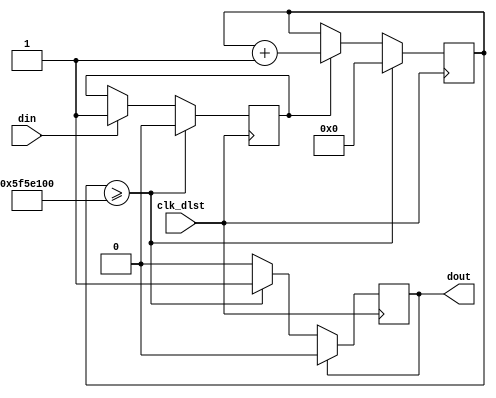

module DLST (input clk_dlst, din,
				  output reg dout 
				 );
				
reg [36:0] cnt1;
initial cnt1 <= 1'b0;
initial dout <= 1'b0;
reg fld;
initial fld <= 1'b0;


always @(posedge clk_dlst) begin
	
		
		if (din == 1'b1) begin
			fld <= 1'b1;
		end
		if (fld == 1'b1) begin
			cnt1 <= cnt1 + 1'b1;
		end
		
		if (cnt1 >= 36'd100000000) begin
			cnt1 <= 1'b0;
			fld <= 1'b0;
			dout <= 1'b1;
		end	
		
		if (dout == 1'b1) begin
			dout <= 1'b0;
		end
		
		
	
end




endmodule